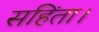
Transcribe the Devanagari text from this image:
सहिंता।